Language: tamil
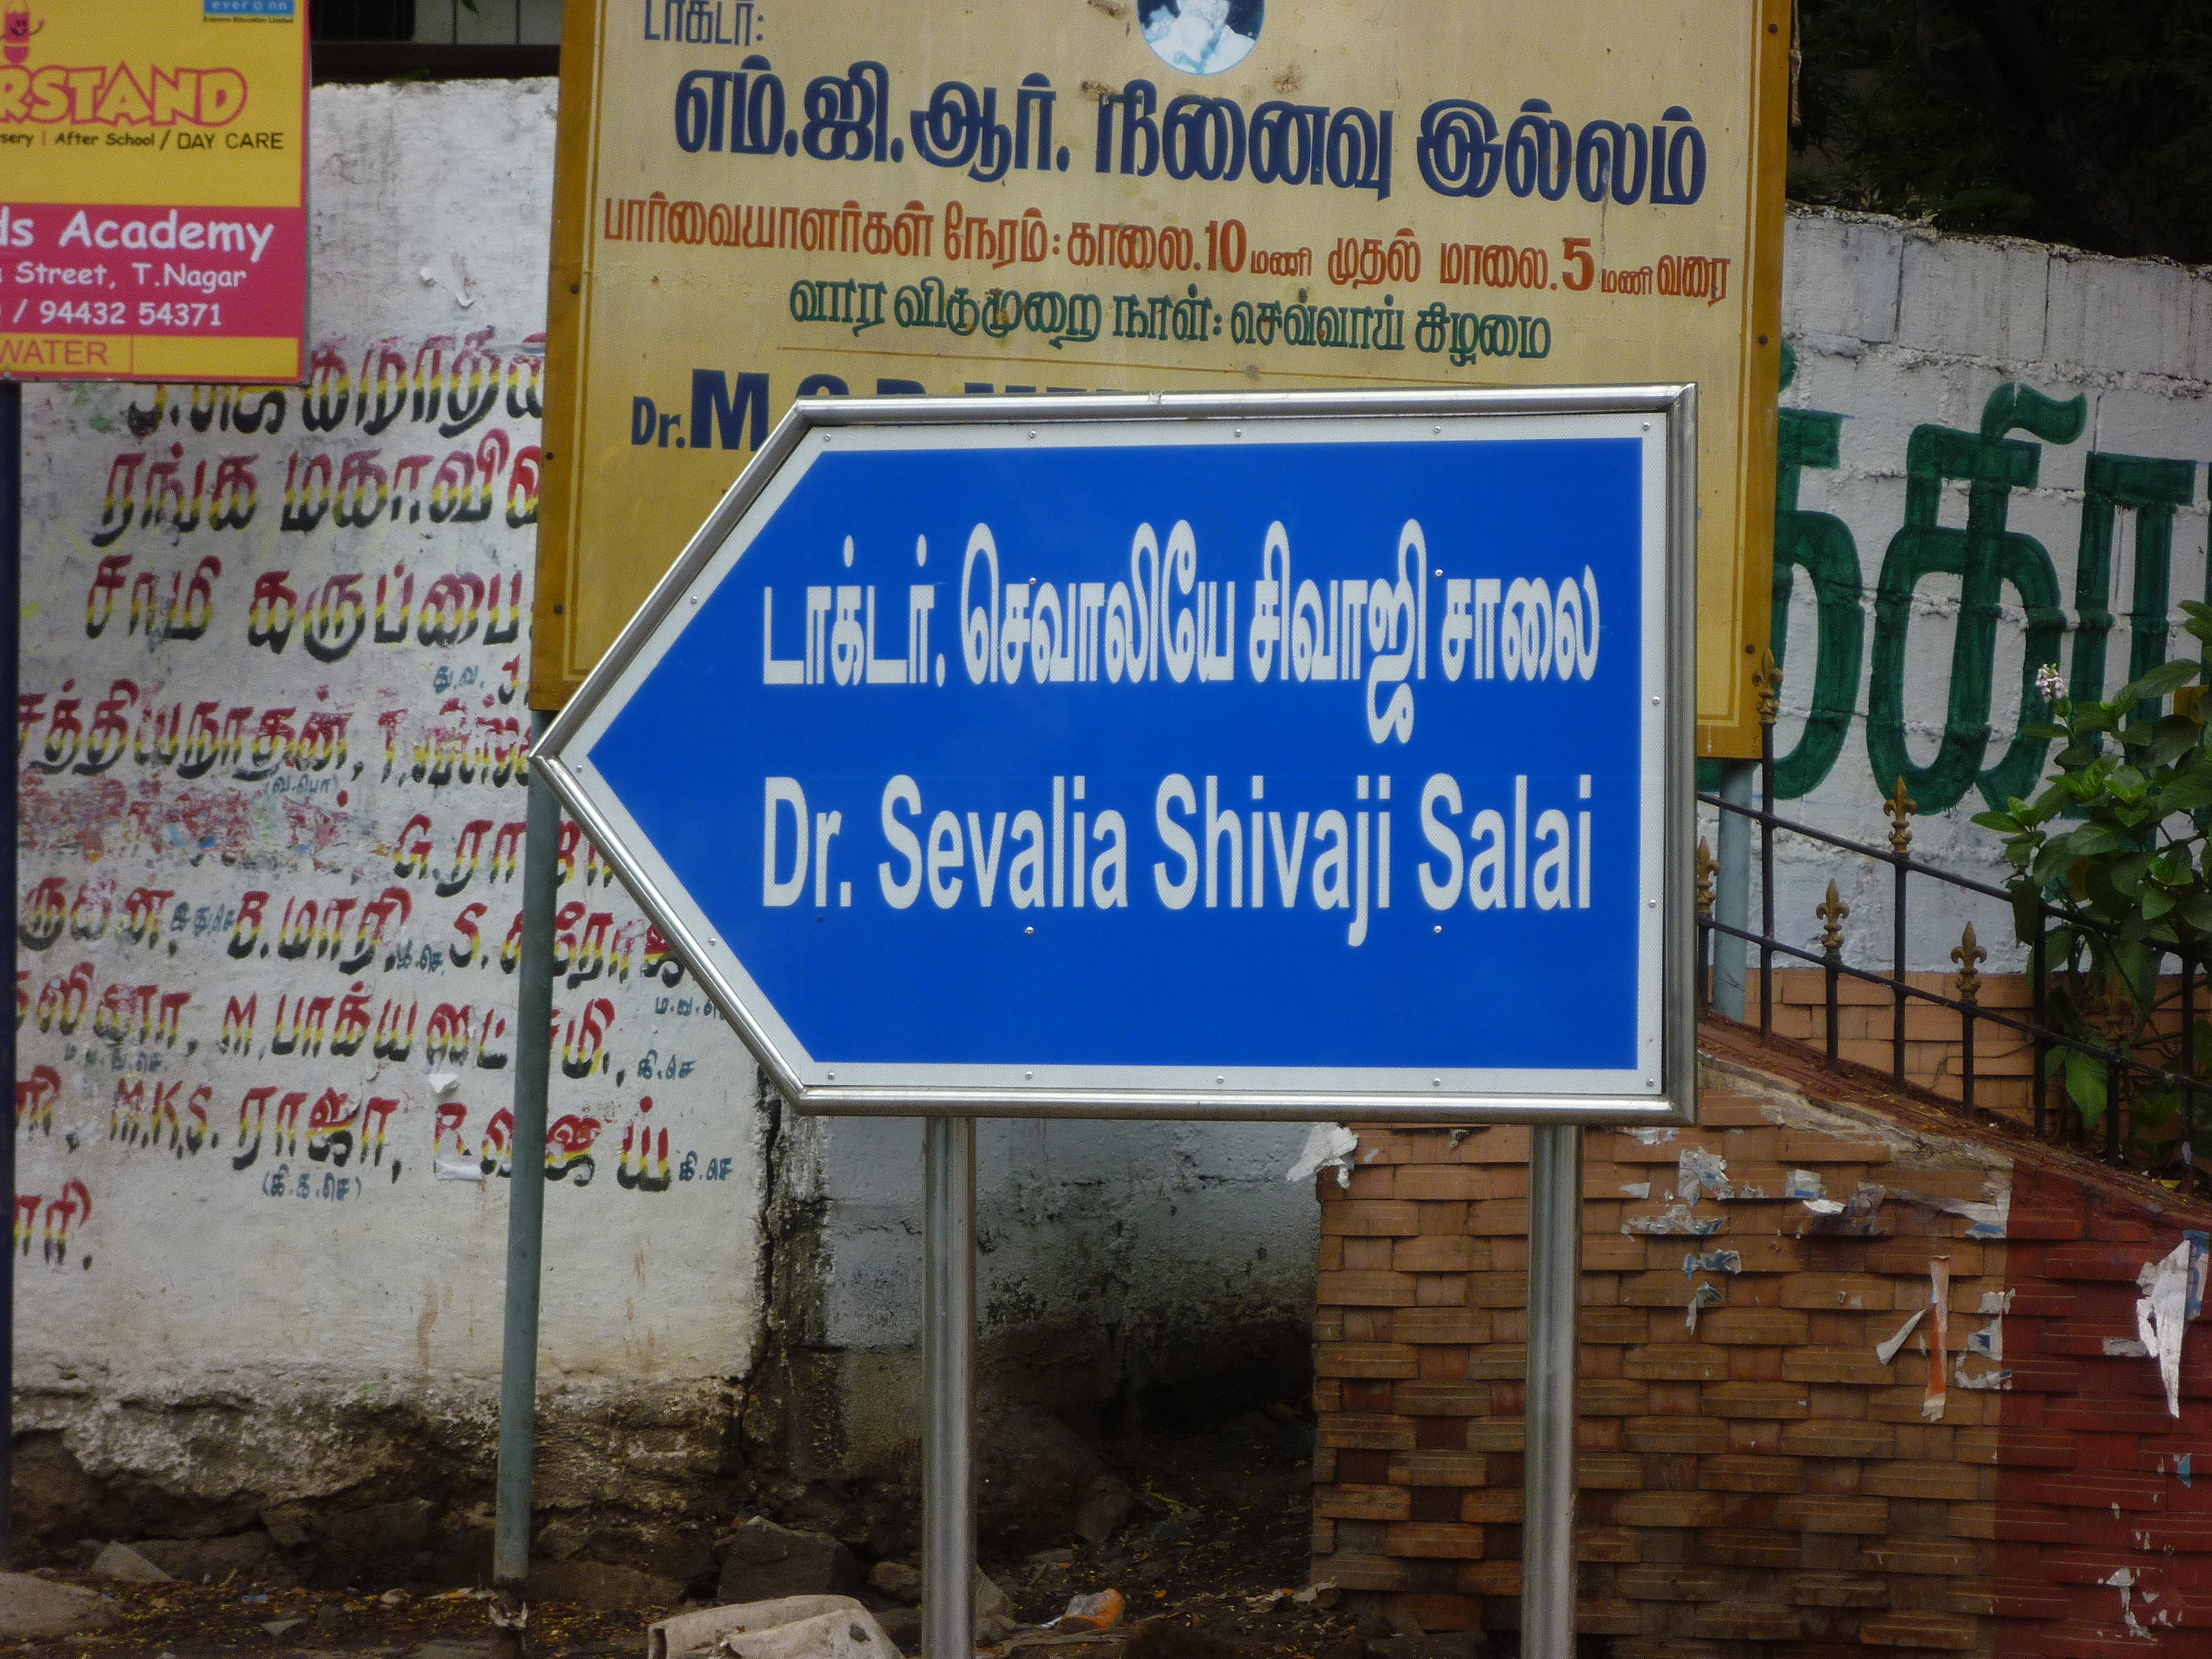
Transcription: சாமி த்தியநாதன் கீ நினைவு இல்லம் பார்வையாளர்கள் காலை மணி முதல் மாலை மணி நாள் கிழமை ரங்க கருப்பை டாக்டா் செவாலியே சிவாஜி மி ராஜா ரி வரை எம் ஜி ஆா் ய் செவ்வாய் சாலை நேரம் வார